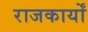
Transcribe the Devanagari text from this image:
राजकार्यों